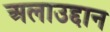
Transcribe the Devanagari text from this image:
अलाउद्दान